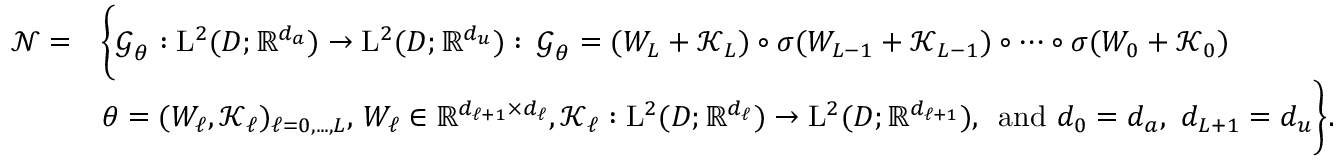
\begin{array} { r l } { \boldsymbol { \mathscr { N } } = } & { \biggl \{ \boldsymbol { \mathcal { G } } _ { \theta } : \mathrm { L } ^ { 2 } ( D ; \mathbb { R } ^ { d _ { a } } ) \to \mathrm { L } ^ { 2 } ( D ; \mathbb { R } ^ { d _ { u } } ) \, \colon \, \boldsymbol { \mathcal { G } } _ { \theta } = ( W _ { L } + \boldsymbol { \mathcal { K } } _ { L } ) \circ \sigma ( W _ { L - 1 } + \boldsymbol { \mathcal { K } } _ { L - 1 } ) \circ \cdots \circ \sigma ( W _ { 0 } + \boldsymbol { \mathcal { K } } _ { 0 } ) } \\ & { \theta = ( W _ { \ell } , \boldsymbol { \mathcal { K } } _ { \ell } ) _ { \ell = 0 , . . . , L } , \, W _ { \ell } \in \mathbb { R } ^ { d _ { \ell + 1 } \times d _ { \ell } } , \boldsymbol { \mathcal { K } } _ { \ell } : \mathrm { L } ^ { 2 } ( D ; \mathbb { R } ^ { d _ { \ell } } ) \to \mathrm { L } ^ { 2 } ( D ; \mathbb { R } ^ { d _ { \ell + 1 } } ) , \, \mathrm { ~ a n d ~ } d _ { 0 } = d _ { a } , \ d _ { L + 1 } = d _ { u } \biggr \} . } \end{array}